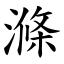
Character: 滌